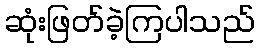
ဆုံးဖြတ်ခဲ့ကြပါသည်